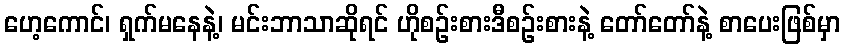
ဟေ့ကောင်၊ ရှက်မနေနဲ့၊ မင်းဘာသာဆိုရင် ဟိုစဉ်းစားဒီစဉ်းစားနဲ့ တော်တော်နဲ့ စာပေးဖြစ်မှာ